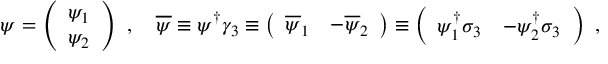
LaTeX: \psi = \left( \begin{array} { c } { { \psi _ { 1 } } } \\ { { \psi _ { 2 } } } \end{array} \right) \ , \quad \overline { { \psi } } \equiv \psi ^ { \dag } \gamma _ { 3 } \equiv \left( \begin{array} { c c } { { \overline { { \psi } } _ { 1 } } } & { { - \overline { { \psi } } _ { 2 } } } \end{array} \right) \equiv \left( \begin{array} { c c } { { \psi _ { 1 } ^ { \dag } \sigma _ { 3 } } } & { { - \psi _ { 2 } ^ { \dag } \sigma _ { 3 } } } \end{array} \right) \ ,